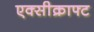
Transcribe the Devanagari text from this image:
एक्सीक्राफ्ट